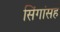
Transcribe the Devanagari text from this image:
सिंगांसह